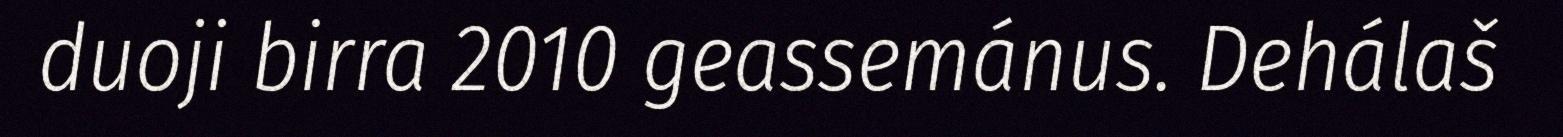
duoji birra 2010 geassemánus. Dehálaš